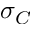
\sigma _ { C }